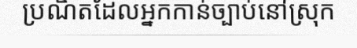
ប្រណិតដែលអ្នកកាន់ច្បាប់នៅស្រុក